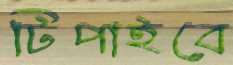
টিপাইবে